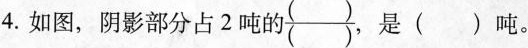
4.如图，阴影部分占2吨的\frac{( )}{( )}，是( )吨。